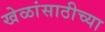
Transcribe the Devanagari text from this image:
खेळांसाठीच्या